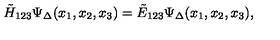
\tilde { H } _ { 1 2 3 } \Psi _ { \Delta } ( x _ { 1 } , x _ { 2 } , x _ { 3 } ) = \tilde { E } _ { 1 2 3 } \Psi _ { \Delta } ( x _ { 1 } , x _ { 2 } , x _ { 3 } ) ,